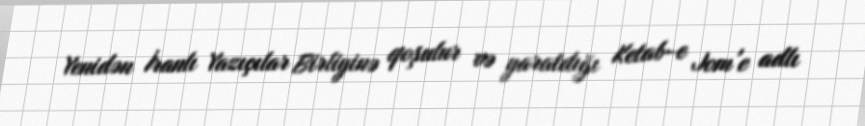
Yenidən İranlı Yazıçılar Birliyinə qoşulur və yaratdığı Ketab-e Jom'e adlı